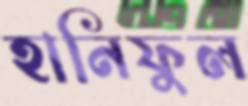
হানিফুল